Annual administration report of the Civil Veterinary Department of India - 1897-1898
Year: 1897
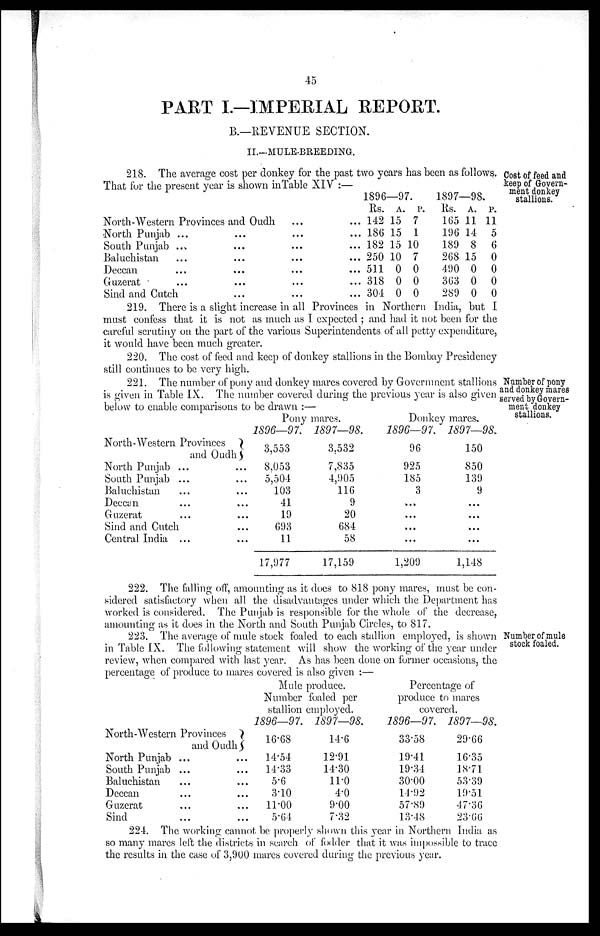
45
PART I.—IMPERIAL REPORT.
B.—REVENUE SECTION.
II.-MULE-BREEDING.
Cost of feed and
keep of Govern-
ment donkey
stallions.
218. The average cost per donkey for the past two years has been as follows.
That for the present year is shown inTable XIV:—
North-Western Provinces and
Oudh
......
......
North Punjab ...... ...... ...... ......
South Punjab ...... ...... ...... ......
Baluchistan ...... ...... ...... ......
Deccan ...... ......
Guzerat ...... ...... ...... ......
Sindh and Cutch ...... ...... ......
1896—97.
Rs.
142
186
182
250
511
318
304
A.
15
15
15
10
0
0
0
P.
7
1
10
7
0
0
0
1897—98.
Rs.
165
196
189
268
490
363
289
A.
11
14
8
15
0
0
0
P.
11
5
6
0
0
0
0
219. There is a slight increase in all Provinces in Northern India, but I
must confess that it is not as much as I expected; and had it not been for the
careful scrutiny on the part of the various Superintendents of all petty expenditure,
it would have been much greater.
220. The cost of feed and keep of donkey stallions in the Bombay Presidency
still continues to be very high.
Number of pony
and donkey mares
served by Govern-
ment donkey
stallions.
221. The number of pony and donkey mares covered by Government stallions
is given in Table IX. The number covered during the previous year is also given
below to enable comparisons to be drawn:—
North-Western Provinces
and Oudh
North Punjab ... ...
South Punjab ... ...
Baluchistan ... ...
Deccan ... ...
Guzerat ... ...
Sind and Cutch ...
Central India ... ...
Pony mares.
1896—97.
3,553
8,053
5,504
103
41
19
693
11
17,977
1897—98.
3,532
7,835
4,905
116
9
20
684
58
17,159
Donkey mares.
1896—97.
96
925
185
3
...
...
...
...
1,209
1897—98.
150
850
139
9
...
...
...
...
1,148
222. The falling off, amounting as it does to 818 pony mares, must be con-
sidered satisfactory when all the disadvantages under which the Department has
worked is considered. The Punjab is responsible for the whole of the decrease,
amounting as it does in the North and South Punjab Circles, to 817.
Number of mule
stock foaled.
223. The average of mule stock foaled to each stallion employed, is shown
in Table IX. The following statement will show the working of the year under
review, when compared with last year. As has been done on former occasions, the
percentage of produce to mares covered is also given:—
North-Western Provinces
and Oudh
North Punjab ... ...
South Punjab ... ...
Baluchistan ... ...
Deccan ... ...
Guzerat ... ...
Sind ... ...
Mule
produce.
Number foaled per
stallion employed.
1896—97.
16.68
14.54
14.33
5.6
3.10
11.00
5.64
1897—98.
14.6
12.91
14.30
11.0
4.0
9.00
7.32
Percentage of
produce to mares
covered.
1896—97.
33.58
19.41
19.34
30.00
14.92
57.89
13.48
1897—98.
29.66
16.35
18.71
53.39
19.51
47.36
23.66
224. The working cannot be properly shown this year in Northern India as
so many mares left the districts in search of fodder that it was impossible to trace
the results in the case of 3,900 mares covered during the previous year.